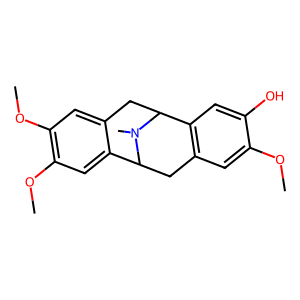
SMILES: COc1cc2c(cc1O)C1Cc3cc(OC)c(OC)cc3C(C2)N1C
Inhibits HIV replication: No